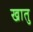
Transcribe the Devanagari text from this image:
खातु